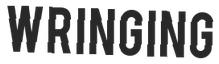
WRINGING